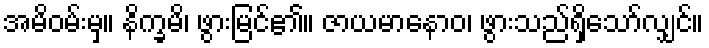
အမိဝမ်းမှ။ နိက္ခမိ၊ ဖွားမြင်၏။ ဇာယမာနောဝ၊ ဖွားသည်ရှိသော်လျှင်။